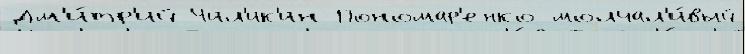
Дм'и́тр'ий Чил'ик'ин Пономар'енко молчал'и́вый